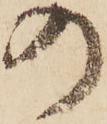
の